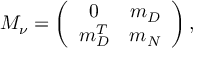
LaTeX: { \cal M } _ { \nu } = \left( \begin{array} { c c } { { 0 } } & { { m _ { D } } } \\ { { m _ { D } ^ { T } } } & { { m _ { N } } } \end{array} \right) ,